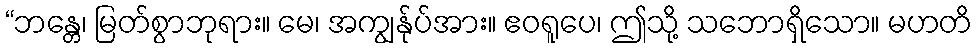
“ဘန္တေ၊ မြတ်စွာဘုရား။ မေ၊ အကျွန်ုပ်အား။ ဧဝရူပေ၊ ဤသို့ သဘောရှိသော။ မဟတိ